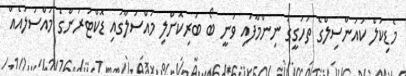
މެޑިކަލް ކައުންސިލްގެ ތަހުގީގު ނިންމާފައި ވަނީ ބޯ ބުރިކޮށްލި މައްސަލާގައި ޑޮކްޓަރުންގެ މައްސަލައެއް